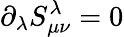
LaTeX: {\partial}_{\lambda}S_{{\mu}{\nu}}^{\lambda}=0